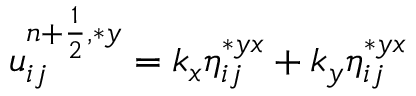
\begin{array} { r } { u _ { i j } ^ { { n + \frac { 1 } { 2 } } , \ast y } = k _ { x } \eta _ { i j } ^ { \ast { y x } } + k _ { y } \eta _ { i j } ^ { \ast { y x } } } \end{array}